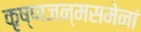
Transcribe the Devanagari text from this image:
कृष्णजन्मसमेनां